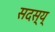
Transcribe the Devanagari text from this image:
सदस्य्